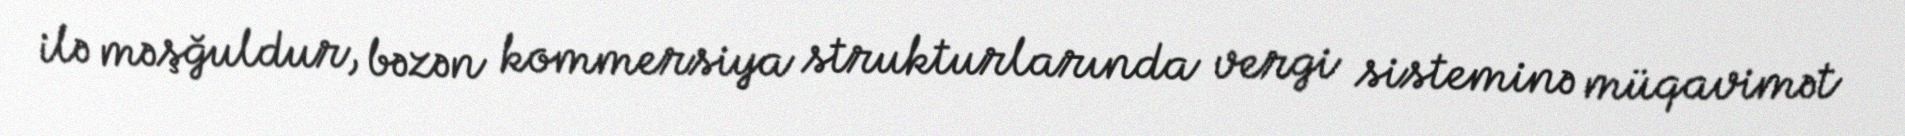
ilə məşğuldur, bəzən kommersiya strukturlarında vergi sisteminə müqavimət